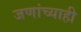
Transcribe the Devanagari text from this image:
जणांच्याही